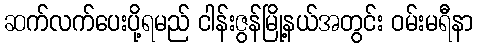
ဆက်လက်ပေးပို့ရမည် ငါန်းဇွန်မြို့နယ်အတွင်း ဝမ်းမရီနာ